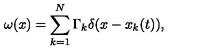
\omega ( x ) = \sum _ { k = 1 } ^ { N } \Gamma _ { k } \delta ( x - x _ { k } ( t ) ) ,